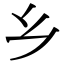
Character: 乡